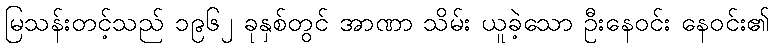
မြသန်းတင့်သည် ၁၉၆၂ ခုနှစ်တွင် အာဏာ သိမ်း ယူခဲ့သော ဦးနေဝင်း နေဝင်း၏